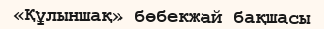
«Құлыншақ» бөбекжай бақшасы